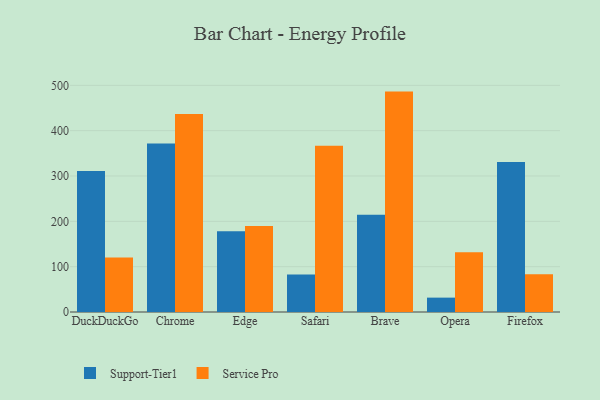
{"axis": {"x": "Browser", "y": "Satisfaction Score"}, "legend": ["Service Pro", "Support-Tier1"], "data": [{"x": "DuckDuckGo", "y": 311.3, "type": "Support-Tier1"}, {"x": "DuckDuckGo", "y": 120.4, "type": "Service Pro"}, {"x": "Chrome", "y": 371.8, "type": "Support-Tier1"}, {"x": "Chrome", "y": 436.9, "type": "Service Pro"}, {"x": "Edge", "y": 178.1, "type": "Support-Tier1"}, {"x": "Edge", "y": 189.6, "type": "Service Pro"}, {"x": "Safari", "y": 82.5, "type": "Support-Tier1"}, {"x": "Safari", "y": 366.8, "type": "Service Pro"}, {"x": "Brave", "y": 214.8, "type": "Support-Tier1"}, {"x": "Brave", "y": 486.2, "type": "Service Pro"}, {"x": "Opera", "y": 31.7, "type": "Support-Tier1"}, {"x": "Opera", "y": 132.0, "type": "Service Pro"}, {"x": "Firefox", "y": 330.7, "type": "Support-Tier1"}, {"x": "Firefox", "y": 83.2, "type": "Service Pro"}]}